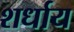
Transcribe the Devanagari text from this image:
शर्धाय